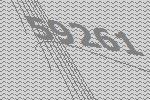
59261